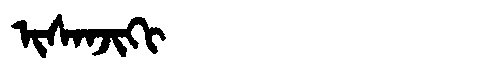
Manchu: ᡳᠰᠠᠨᠵᡳᡴᡳ
Romanization: ISANJIKI